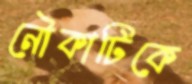
নৌকাটিকে